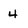
Character: 4